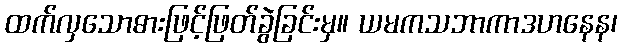
ထက်လှသောဓားဖြင့်ဖြတ်ခွဲခြင်းမှ။ ယမကသဘာကာဒဟနေန၊